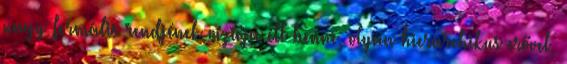
nagy formális rendjének víziója élt benne, olyan hierarchikus erővel,